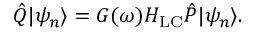
\hat { Q } | \psi _ { n } \rangle = G ( \omega ) H _ { \mathrm { L C } } \hat { P } | \psi _ { n } \rangle .